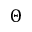
\Theta